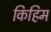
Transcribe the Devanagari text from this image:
किहिम